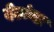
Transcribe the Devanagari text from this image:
देठांचा